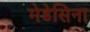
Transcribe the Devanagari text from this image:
मेडेसिना